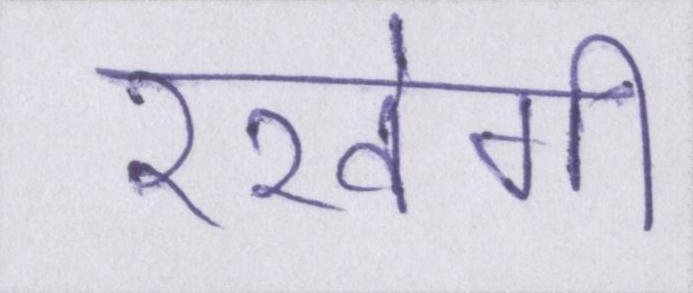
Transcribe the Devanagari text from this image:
रखेगी